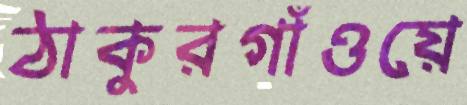
ঠাকুরগাঁওয়ে